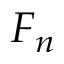
F _ { n }